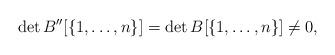
LaTeX: \begin{align*}\det B''[\{1, \dots, n\}] = \det B[\{1, \dots, n\}] \neq 0,\end{align*}